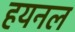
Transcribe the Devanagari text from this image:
हयनल